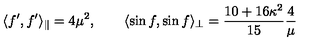
\langle f ^ { \prime } , f ^ { \prime } \rangle _ { \parallel } = 4 \mu ^ { 2 } , \qquad \langle \sin f , \sin f \rangle _ { \perp } = \frac { 1 0 + 1 6 \kappa ^ { 2 } } { 1 5 } \frac { 4 } { \mu }